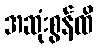
အဆုံးစွန်ထိ